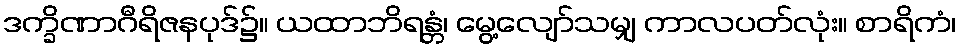
ဒက္ခိဏာဂီရိဇနပုဒ်၌။ ယထာဘိရန္တံ၊ မွေ့လျော်သမျှ ကာလပတ်လုံး။ စာရိကံ၊